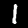
Label: 1